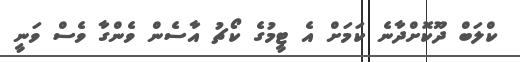
ކްލަބް ދޫކޮށްދާނެ ކަމަށް އެ ޓީމުގެ ކޯޗު އާސެން ވެންގާ ވެސް ވަނީ